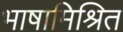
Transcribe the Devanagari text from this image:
भाषामिश्रित